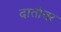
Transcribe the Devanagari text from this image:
दातांवर